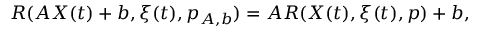
R ( A X ( t ) + b , \xi ( t ) , p _ { A , b } ) = A R ( X ( t ) , \xi ( t ) , p ) + b ,